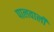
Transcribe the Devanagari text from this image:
पालवाली